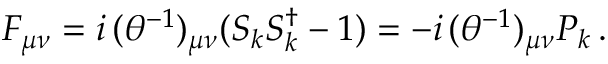
F _ { \mu \nu } = i \, ( \theta ^ { - 1 } ) _ { \mu \nu } ( S _ { k } S _ { k } ^ { \dagger } - 1 ) = - i \, ( \theta ^ { - 1 } ) _ { \mu \nu } P _ { k } \, .